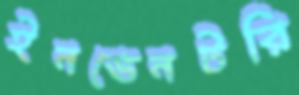
ইনভেনটরি